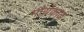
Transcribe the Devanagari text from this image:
मौर्यकाळ